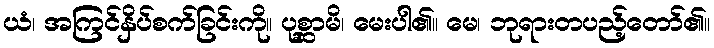
ယံ၊ အကြင်နှိပ်စက်ခြင်းကို။ ပုစ္ဆာမိ၊ မေးပါ၏။ မေ၊ ဘုရားတပည့်တော်၏။